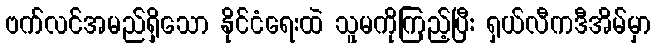
ဗက်လင်အမည်ရှိသော နိုင်ငံရေးထဲ သူမကိုကြည့်ပြီး ရှယ်လီကဒီအိမ်မှာ